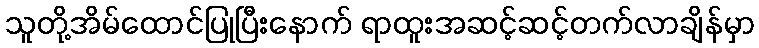
သူတို့အိမ်ထောင်ပြုပြီးနောက် ရာထူးအဆင့်ဆင့်တက်လာချိန်မှာ